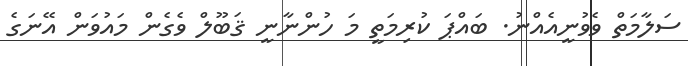
ސަލާމަތް ވެވުނީއެއްނު. ބައްޕަ ކުރިމަތީ މަ ހުންނާނީ ޤަބޫލް ވެގެން މައުވަން އޭނަގެ